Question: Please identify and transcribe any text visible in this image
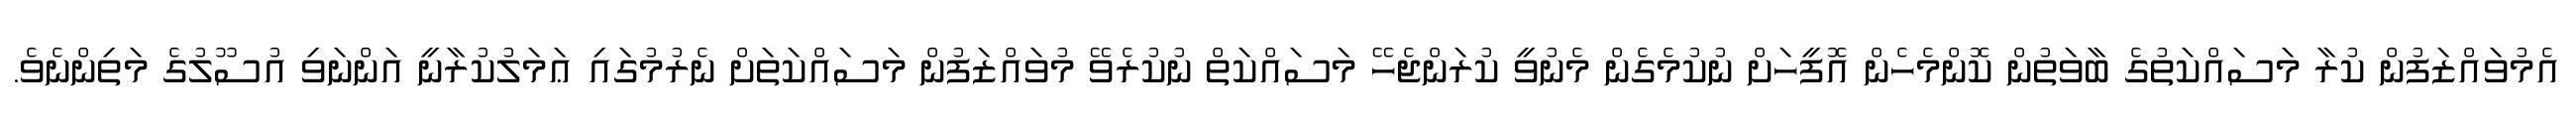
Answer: އެމުވައްޒަފުން ކުރާ މަސައްކަތުގެ ބާވަތުން ކޮންމެހެން އޮފީހަށް ނުކުމެގެން މެނުވީ ކުރަންޖެހޭ މަސައްކަތް ނުކުރެވޭ މުވައްޒަފުން މަސައްކަތަށް ނެރުމުގައި ޢަމަލުކުރާނީ އަންނަވި އުސޫލުގެ މަތިންނެވެ.